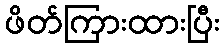
ဖိတ်ကြားထားပြီး